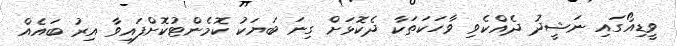
ވީޑިއޯގައި ނަޝީދު ދެއްކެވި ވާހަކަތަކާ ދެކޮޅަށް ގިނަ ބަޔަކު ކޮމެންޓުކޮށްފައިވާ އިރު ބައެއް